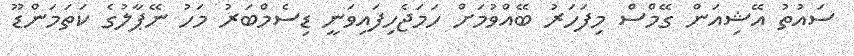
ސައުތު އޭޝިއަން ގޭމްސް މިފަހަރު ބޭއްވުމަށް ހަމަޖެހިފައިވަނީ ޑިސެމްބަރު މަހު ނޭޕާލުގެ ކަތަމަންޑޫ